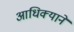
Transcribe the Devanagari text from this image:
आधिक्याने